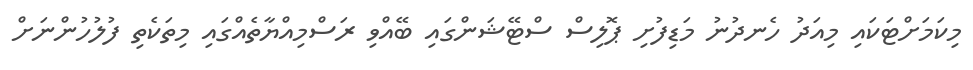
މިކަމަށްޓަކައި މިއަދު ހެނދުނު މަޑިފުށި ޕޮލިސް ސްޓޭޝަންގައި ބޭއްވި ރަަސްމިއްޔާތެއްގައި މިތަކެތި ފުލުހުންނަށް